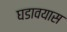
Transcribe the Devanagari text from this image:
घडावयास